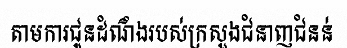
តាមការជូនដំណឹងរបស់ក្រសួងជំនាញជំនន់